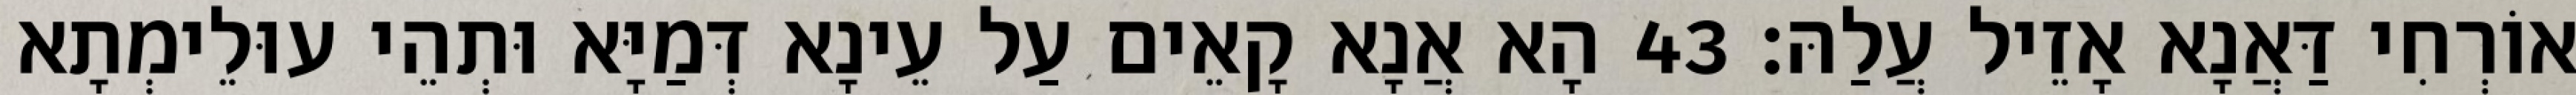
אוֹרְחִי דַּאֲנָא אָזֵיל עֲלַהּ׃ 43 הָא אֲנָא קָאֵים עַל עֵינָא דְּמַיָּא וּתְהֵי עוּלֵימְתָא